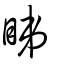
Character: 睇